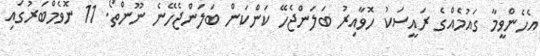
އެހެންވީމާ ގައުމެއްގެ ރައީސަކު ހޮވާއިރު ބަލަންޖެހޭ ކަންކަން ބަލަންޖެހޭނެ ނޫންތޯ. 11 ނޮވެމްބަރުގައި